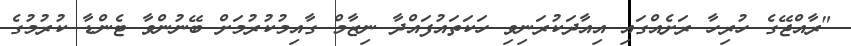
"ރާއްޖޭގެ ހުރިހާ ރަށެއްގައި އިއާދަކުރަނިވި ހަކަތައުފައްދާ ނިޒާމް ގާއިމުކުރުމަށް ބޭނުންވާ ޓެންޑާ ކުރުމުގެ